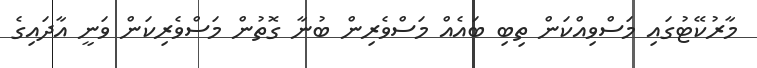
މާރުކޭޓުގައި މަސްވިއްކަން ތިބި ބައެއް މަސްވެރިން ބުނާ ގޮތުން މަސްވެރިކަން ވަނީ އާދައިގެ